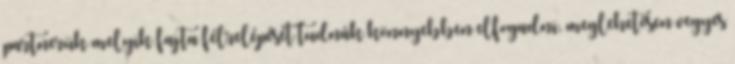
partnerük melyik fajta félrelépését tudnák könnyebben elfogadni, meglehetősen vegyes